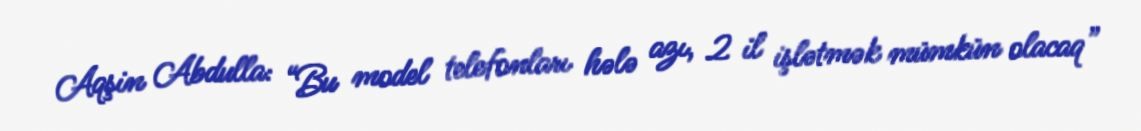
Aqşin Abdulla: “Bu model telefonları hələ azı, 2 il işlətmək mümkün olacaq”